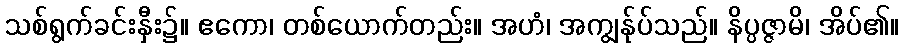
သစ်ရွက်ခင်းနှီး၌။ ဧကော၊ တစ်ယောက်တည်း။ အဟံ၊ အကျွန်ုပ်သည်။ နိပ္ပဇ္ဇာမိ၊ အိပ်၏။